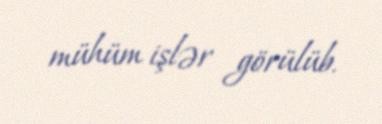
mühüm işlər görülüb.